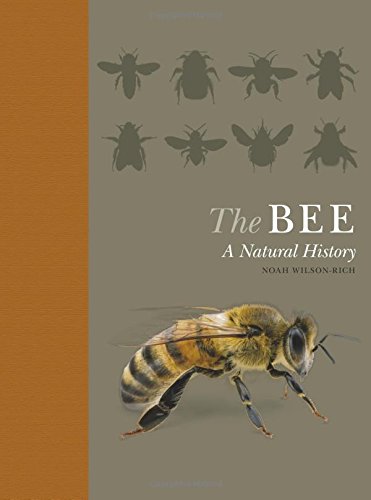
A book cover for The Bee: A Natural History; Noah Wilson-Rich; Science & Math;